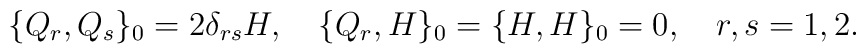
\{Q_r,Q_s\}_0 =2 \delta_{rs}H,\quad \{Q_r ,H \}_0 =\{H ,H\}_0 =0       ,\quad r,s=1,2.